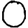
Digit: 0